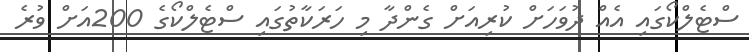
ސްޓެލްކޯގައި އެއް ދުވަހަށް ކުރިއަށް ގެންދާ މި ހަރަކާތުގައި ސްޓެލްކޯގެ 200އަށް ވުރެ